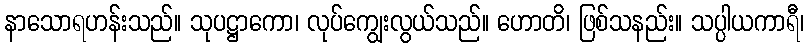
နာသောရဟန်းသည်။ သုပဋ္ဌာကော၊ လုပ်ကျွေးလွယ်သည်။ ဟောတိ၊ ဖြစ်သနည်း။ သပ္ပါယကာရီ၊